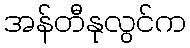
အန်တီနုလွင်က